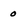
Character: 0